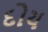
દોય